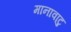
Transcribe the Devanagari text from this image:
मानावाटु